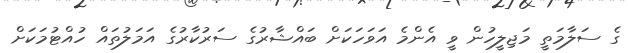
ގެ ސަލާމަތީ މަޖިލީހުން ވީ އެންމެ އަވަހަކަށް ބައްޝާރުގެ ސަރުކާރުގެ އަމަލުތައް ހުއްޓުމަކަށް